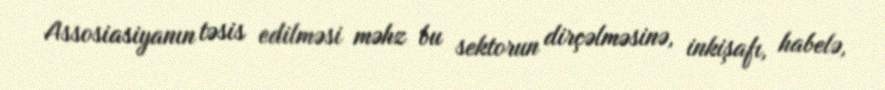
Assosiasiyanın təsis edilməsi məhz bu sektorun dirçəlməsinə, inkişafı, habelə,